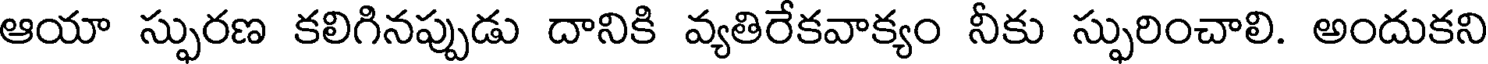
ఆయా స్ఫురణ కలిగినప్పుడు దానికి వ్యతిరేకవాక్యం నీకు స్ఫురించాలి. అందుకని